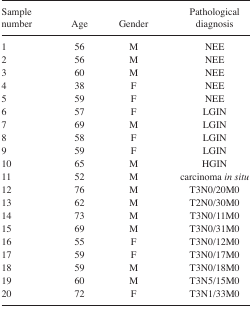
<table><thead><tr><td><b>Sample number</b></td><td><b>Age</b></td><td><b>Gender</b></td><td><b>Pathological diagnosis</b></td></tr></thead><tbody><tr><td>1</td><td>56</td><td>M</td><td>NEE</td></tr><tr><td>2</td><td>56</td><td>M</td><td>NEE</td></tr><tr><td>3</td><td>60</td><td>M</td><td>NEE</td></tr><tr><td>4</td><td>38</td><td>F</td><td>NEE</td></tr><tr><td>5</td><td>59</td><td>F</td><td>NEE</td></tr><tr><td>6</td><td>57</td><td>F</td><td>LGIN</td></tr><tr><td>7</td><td>69</td><td>M</td><td>LGIN</td></tr><tr><td>8</td><td>58</td><td>F</td><td>LGIN</td></tr><tr><td>9</td><td>59</td><td>F</td><td>LGIN</td></tr><tr><td>10</td><td>65</td><td>M</td><td>HGIN</td></tr><tr><td>11</td><td>52</td><td>M</td><td>carcinoma <i>in situ</i></td></tr><tr><td>12</td><td>76</td><td>M</td><td>T3N0/20M0</td></tr><tr><td>13</td><td>62</td><td>M</td><td>T2N0/30M0</td></tr><tr><td>14</td><td>73</td><td>M</td><td>T3N0/11M0</td></tr><tr><td>15</td><td>69</td><td>M</td><td>T3N0/31M0</td></tr><tr><td>16</td><td>55</td><td>F</td><td>T3N0/12M0</td></tr><tr><td>17</td><td>59</td><td>F</td><td>T3N0/17M0</td></tr><tr><td>18</td><td>59</td><td>M</td><td>T3N0/18M0</td></tr><tr><td>19</td><td>60</td><td>M</td><td>T3N5/15M0</td></tr><tr><td>20</td><td>72</td><td>F</td><td>T3N1/33M0</td></tr></tbody></table>